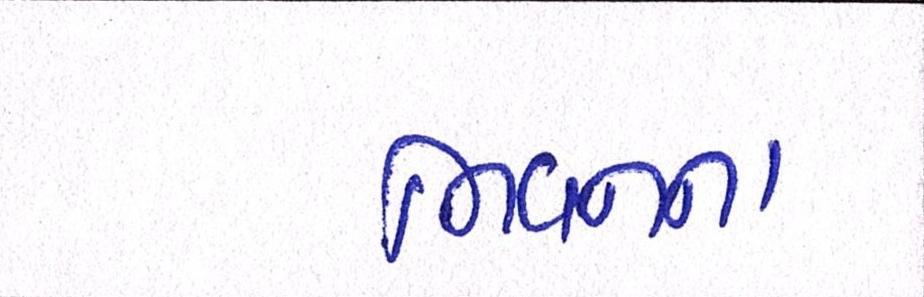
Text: ભવનના